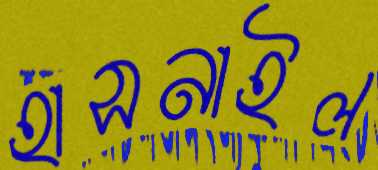
হাসনাইল